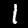
Label: 1